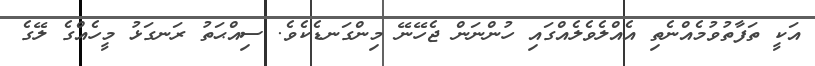
އަކީ ތަފާތުވުމެއްނެތި އެއްލެވެލެއްގައި ހުންނަން ޖެހޭނޭ މިންގަނޑެކެވެ. ސިއްޙަތު ރަނގަޅު މީހެއްގެ ލޭގެ